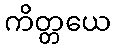
ကိတ္တယေ